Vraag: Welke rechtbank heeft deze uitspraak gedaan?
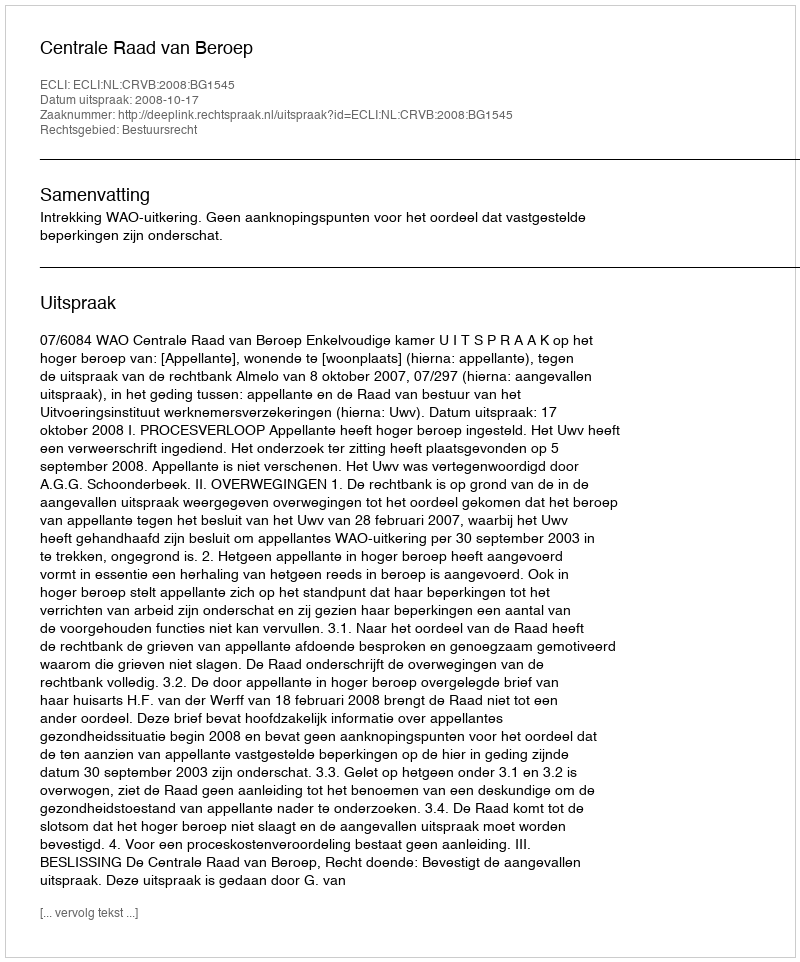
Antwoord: Centrale Raad van Beroep